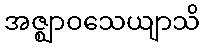
အဇ္ဈာဝသေယျာသိ